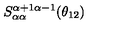
S _ { \alpha \alpha } ^ { \alpha + 1 \alpha - 1 } ( \theta _ { 1 2 } )